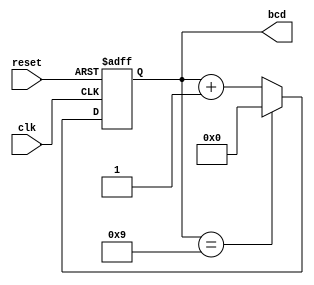
module bcd_counter (
    input wire clk,         // Clock input
    input wire reset,       // Asynchronous reset
    output reg [3:0] bcd    // 4-bit output representing the BCD value
);

// Always block triggered on the rising edge of the clock or the reset signal
always @(posedge clk or posedge reset) begin
    if (reset) begin
        // Reset counter to 0
        bcd <= 4'b0000;
    end else begin
        // Increment the counter
        if (bcd == 4'b1001) begin
            // If current value is 9, reset to 0
            bcd <= 4'b0000;
        end else begin
            // Otherwise, increment the counter
            bcd <= bcd + 1;
        end
    end
end

endmodule